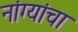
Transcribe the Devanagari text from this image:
नांग्यांचा